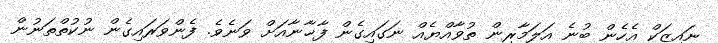
ނައިޒަކް އެހެން ބުނެ އަލަމާރިން ތުވާއްޔެއް ނަގައިގެން ފާޚާނާއަށް ވަނެވެ. ފެންވަރައިގެން ނުކުތްތަނުން